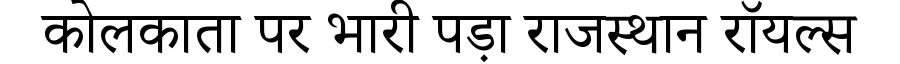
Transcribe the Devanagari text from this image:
कोलकाता पर भारी पड़ा राजस्थान रॉयल्स